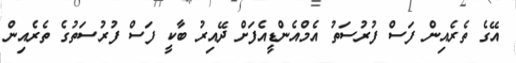
އޭގެ ތެރެއިން ފަސް ފުރުސަތު އެމްއެންޑީއެފަށް ދޭއިރު ބާކީ ފަސް ފުރުސަތުގެ ތެރެއިން